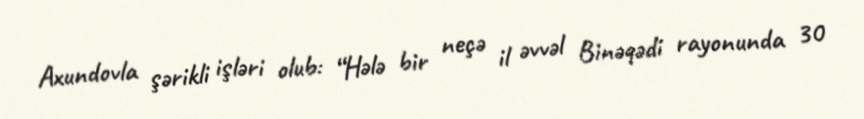
Axundovla şərikli işləri olub: “Hələ bir neçə il əvvəl Binəqədi rayonunda 30